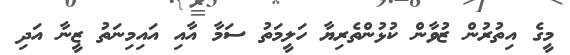
މީގެ އިތުރުން ޒުވާން ކުޅުންތެރިޔާ ހަލީމަތު ސަމާ އާއި އައިމިނަތު ޒީނާ އަދި